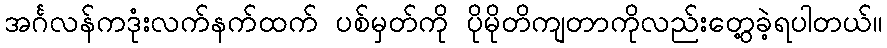
အင်္ဂလန်ကဒုံးလက်နက်ထက် ပစ်မှတ်ကို ပိုမိုတိကျတာကိုလည်းတွေ့ခဲ့ရပါတယ်။